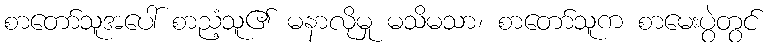
စာတော်သူအပေါ် စာညံ့သူ၏ မနာလိုမှု မသိမသာ၊ စာတော်သူက စာမေးပွဲတွင်